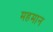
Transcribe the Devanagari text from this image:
महमान